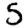
Digit: 5